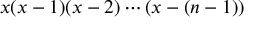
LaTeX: x ( x - 1 ) ( x - 2 ) \cdots ( x - ( n - 1 ) )